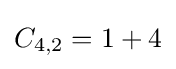
C_{4,2}=1+4